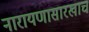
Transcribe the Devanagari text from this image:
नारायणासारखाच